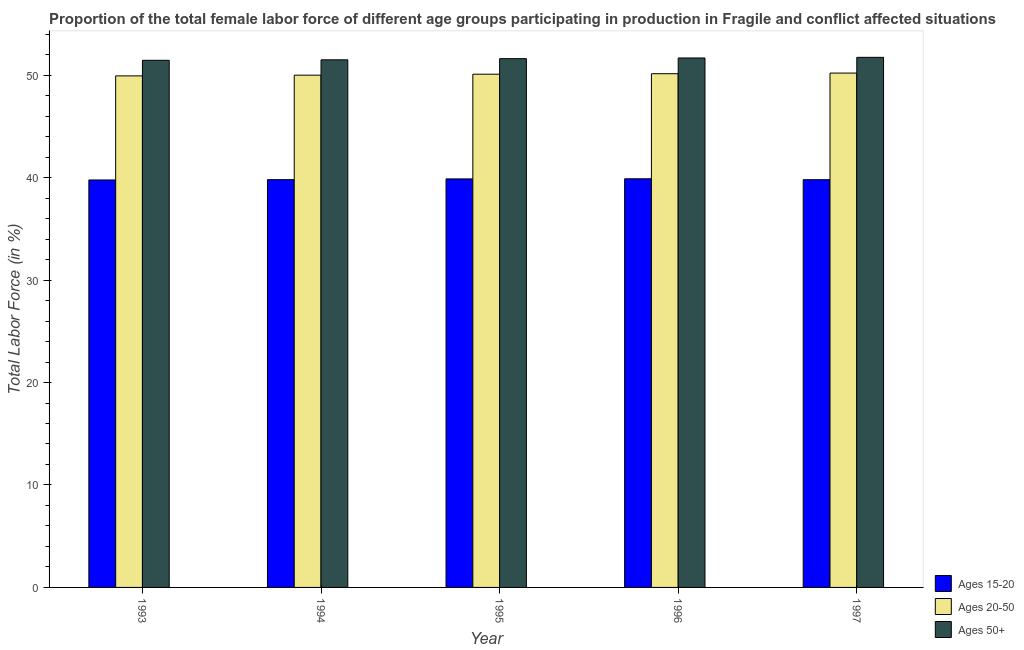
| Year | Ages 15-20 | Ages 20-50 | Ages 50+ |
 | --- | --- | --- | --- |
 | 1993 | 39.8 | 49.9 | 51.5 |
 | 1994 | 39.8 | 50 | 51.5 |
 | 1995 | 39.9 | 50.1 | 51.6 |
 | 1996 | 39.9 | 50.1 | 51.7 |
 | 1997 | 39.8 | 50.2 | 51.7 |